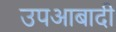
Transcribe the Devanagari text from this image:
उपआबादी